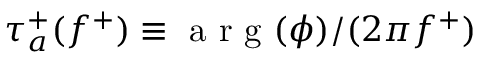
\tau _ { a } ^ { + } ( f ^ { + } ) \equiv \mathrm { ~ a ~ r ~ g ~ } ( \phi ) / ( 2 \pi f ^ { + } )